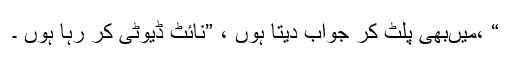
“ ،میںبھی پلٹ کر جواب دیتا ہوں ، ”نائٹ ڈیوٹی کر رہا ہوں ۔